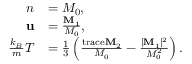
\begin{array} { r l } { n } & { = M _ { 0 } , } \\ { \mathbf { u } } & { = \frac { \mathbf { M } _ { 1 } } { M _ { 0 } } , } \\ { \frac { k _ { B } } { m } T } & { = \frac { 1 } { 3 } \left( \frac { \mathrm { t r a c e } \mathbf { M } _ { 2 } } { M _ { 0 } } - \frac { | \mathbf { M } _ { 1 } | ^ { 2 } } { M _ { 0 } ^ { 2 } } \right) . } \end{array}